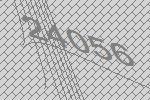
24056